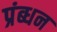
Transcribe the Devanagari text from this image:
प्रंब्धन